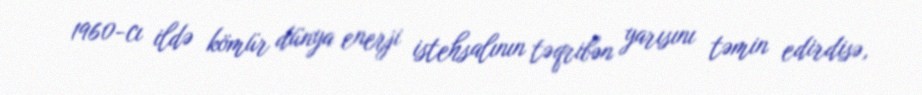
1960-cı ildə kömür dünya enerji istehsalının təqribən yarısını təmin edirdisə,